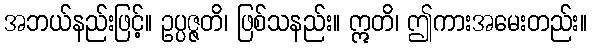
အဘယ်နည်းဖြင့်။ ဥပ္ပဇ္ဇတိ၊ ဖြစ်သနည်း။ ဣတိ၊ ဤကားအမေးတည်း။